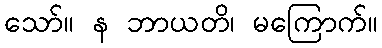
သော်။ န ဘာယတိ၊ မကြောက်။